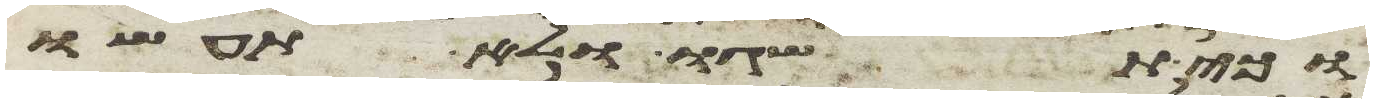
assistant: וכי תשגו ולא תעשו